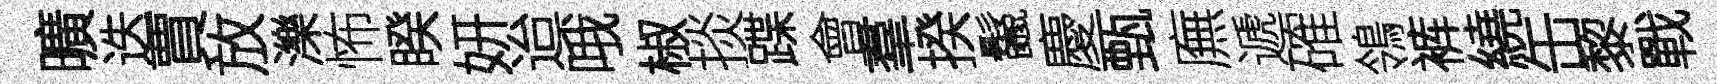
曠迭賈放濼怖睽妍迨哦椒掞蹀會羣揆鬣慶甄廡遞確鴒裤繞缶黎戰